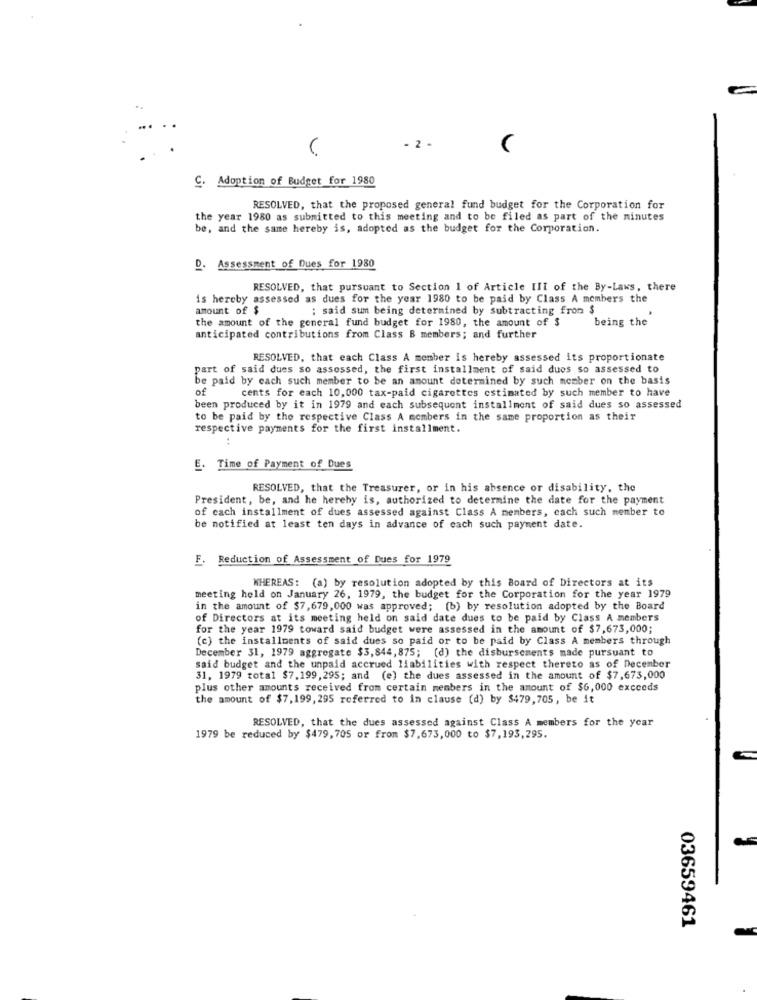
(
- 2 -
C. Adoption of Budget for 1980
RESOLVED, that the proposed general fund budget for the Corporation for
the year 1980 as submitted to this meeting and to be filed as part of the minutes
be, and the same hereby is, adopted as the budget for the Corporation.
D. Assessment of Dues for 1980
RESOLVED, that pursuant to Section 1 of Article III of the By-Laws, there
is hereby assessed as dues for the year 1980 to be paid by Class A members the
amount of $
; said sum being determined by subtracting from $
the amount of the general fund budget for 1980, the amount of $
being the
anticipated contributions from Class B members; and further
RESOLVED, that each Class A member is hereby assessed its proportionate
part of said dues so assessed, the first installment of said dues so assessed to
be paid by each such member to be an amount determined by such member on the basis
of
cents for each 10,000 tax-paid cigarettes estimated by such member to have
been produced by it in 1979 and each subsequent installment of said dues so assessed
to be paid by the respective Class A members in the same proportion as their
respective payments for the first installment.
E. Time of Payment of Dues
RESOLVED, that the Treasurer, or in his absence or disability, the
President, be, and he hereby is, authorized to determine the date for the payment
of cach installment of dues assessed against Class A members, cach such member to
be notified at least ten days in advance of each such payment date.
F. Reduction of Assessment of Dues for 1979
WHEREAS: (a) by resolution adopted by this Board of Directors at its
meeting held on January 26, 1979, the budget for the Corporation for the year 1979
in the amount of $7,679,000 was approved; (b) by resolution adopted by the Board
of Directors at its meeting held on said date dues to be paid by Class A members
for the year 1979 toward said budget were assessed in the amount of $7,673,000;
(c) the installments of said dues so paid or to be paid by Class A members through
December 31, 1979 aggregate $3,844, 875; (d) the disbursements made pursuant to
said budget and the unpaid accrued liabilities with respect thereto as of December
31, 1979 total $7,199,295; and (e) the dues assessed in the amount of $7,673,000
plus other amounts received from certain members in the amount of $6,000 exceeds
the amount of $7,199, 295 referred to in clause (d) by $479,705, be it
RESOLVED, that the dues assessed against Class A members for the year
1979 be reduced by $479, 705 or from $7,673,000 to $7,193,295.
03659461